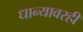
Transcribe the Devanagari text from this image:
धान्यावरही